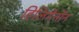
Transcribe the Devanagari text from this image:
हिलिगेनॉन